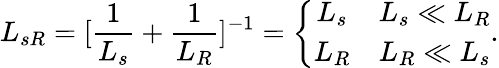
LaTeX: L_{sR}=[\frac{1}{L_{s}}+\frac{1}{L_{R}}]^{-1}=\left\{ \begin{array}{cc}{L_{s}}&{L_{s}\ll L_{R}}\\ {L_{R}}&{L_{R}\ll L_{s}}\end{array}\right..